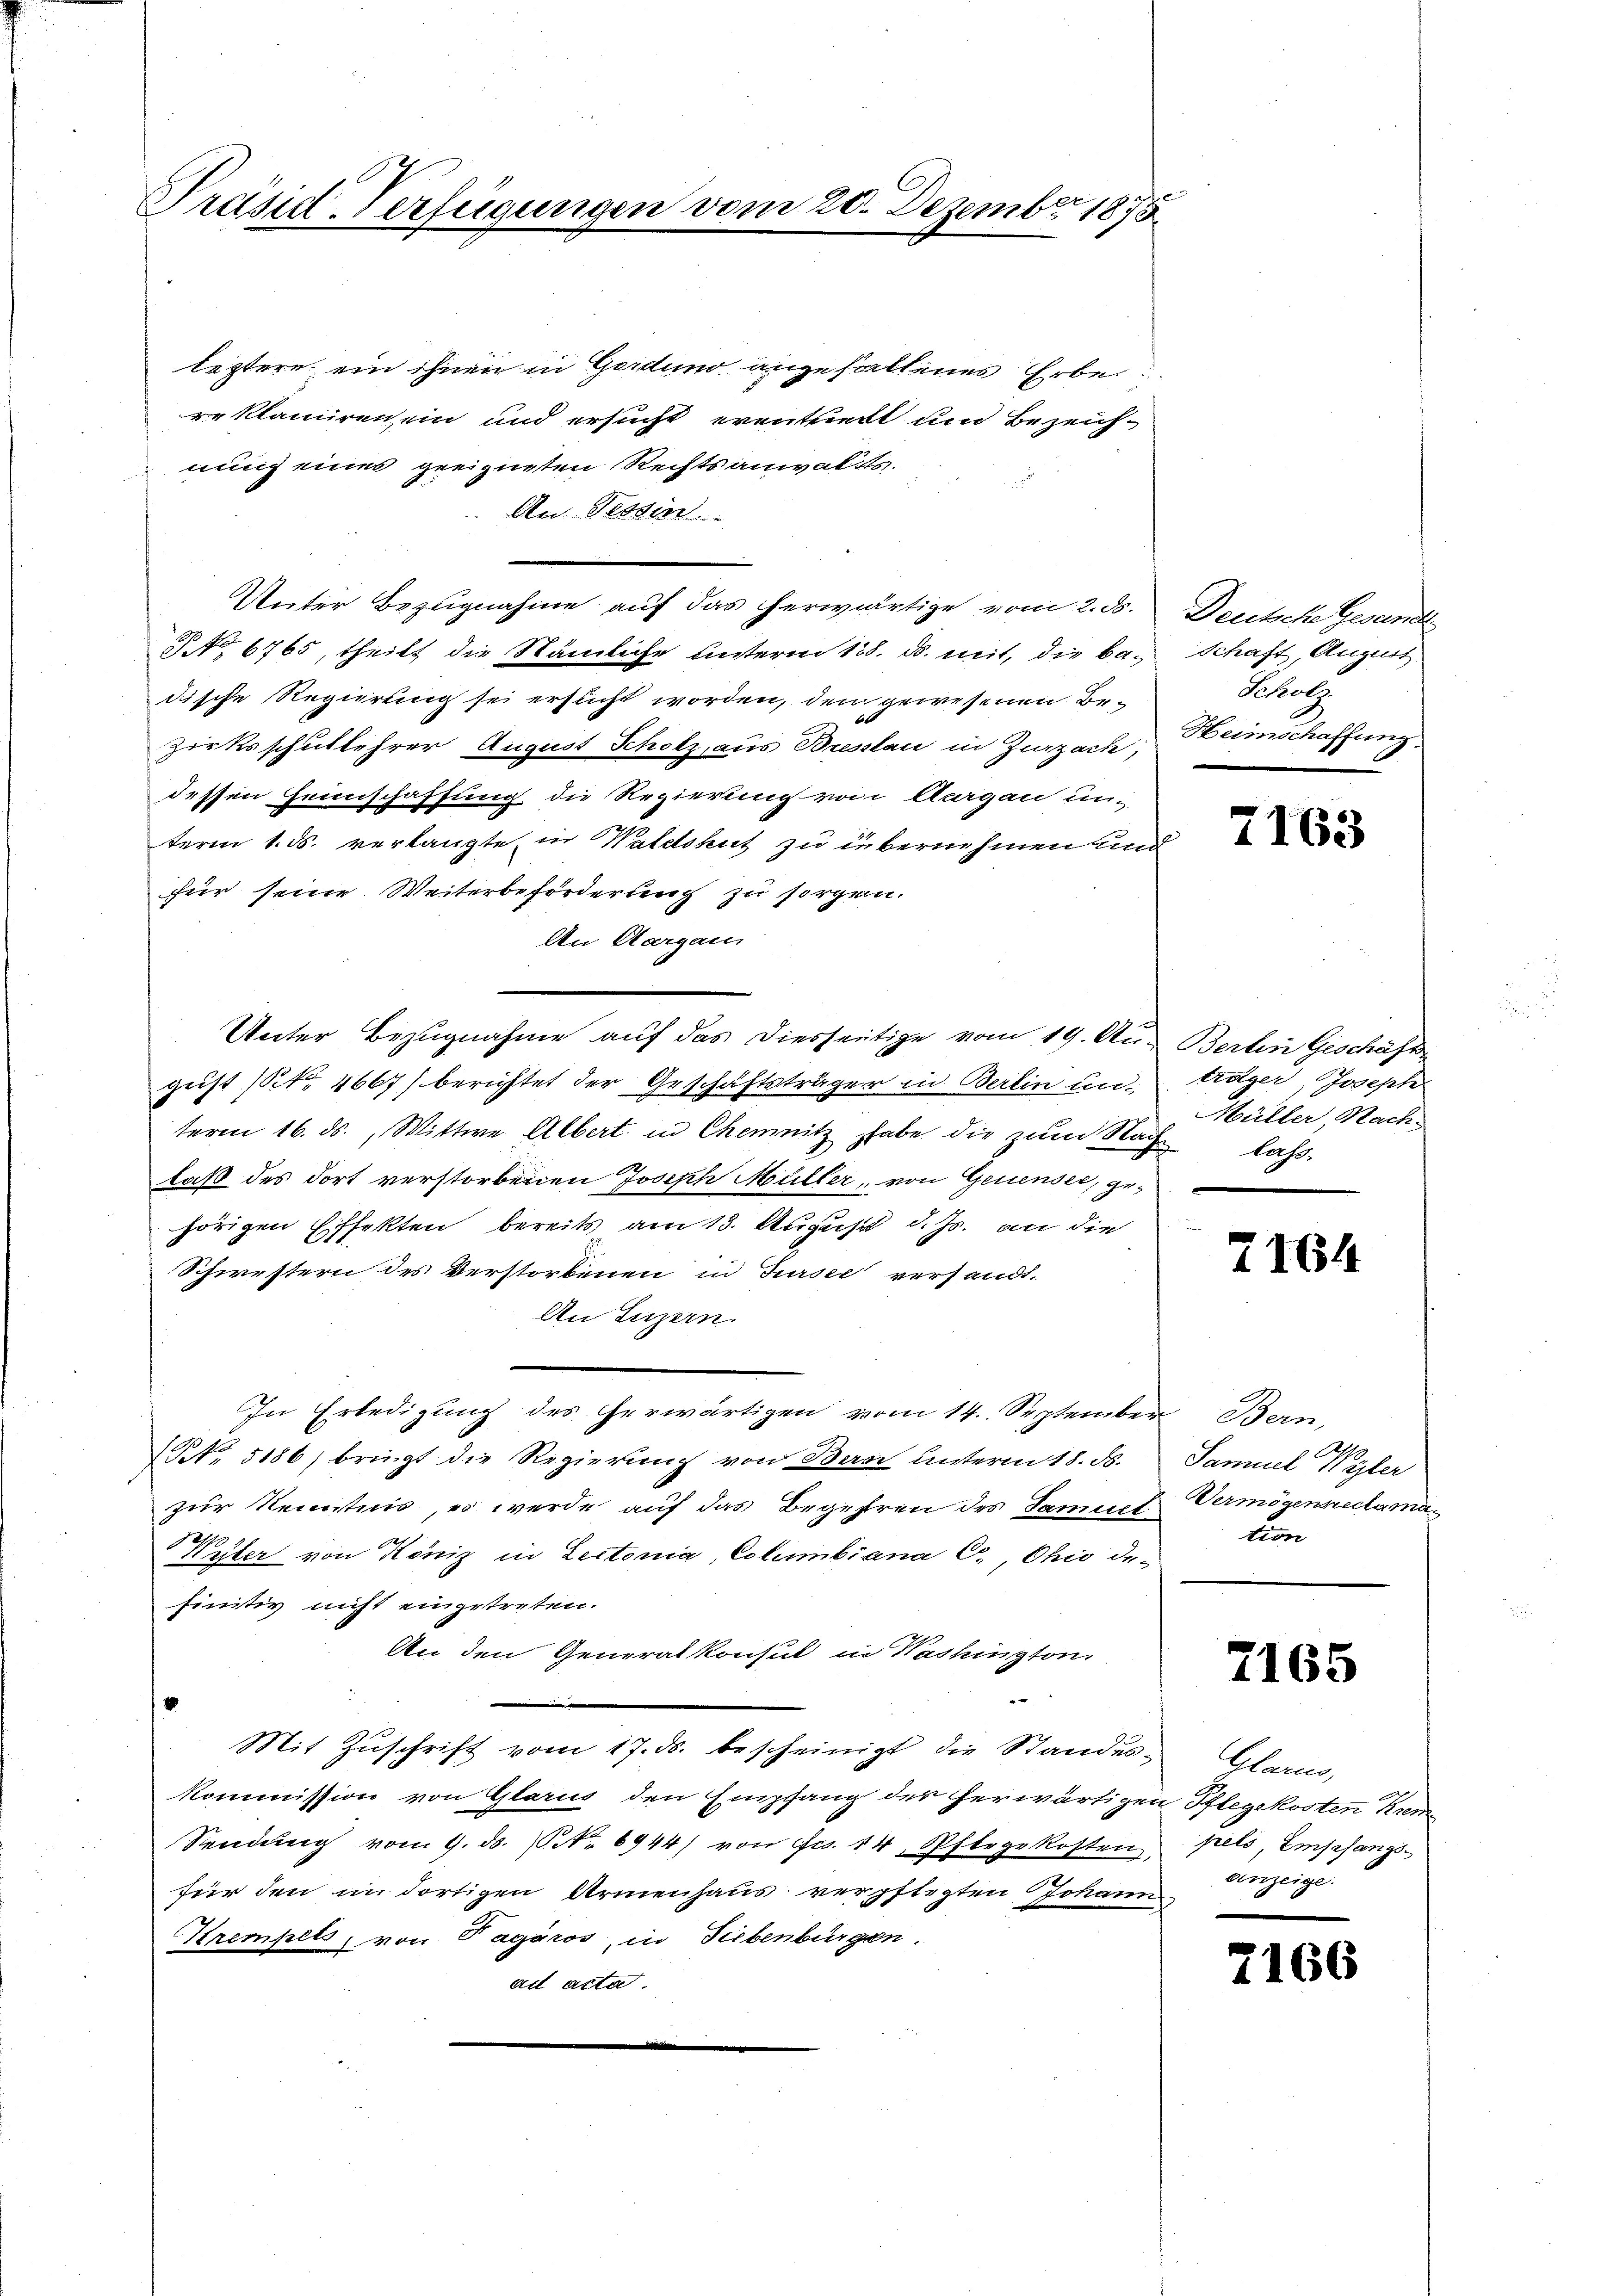
Präsid Verfügungen vom 20. Dezember 1875

leztere ein ihnen in Gerdund angefallenes Erbe
reklamiren, ein und ersucht erentfert und Bezeichnung eines geeigneten Rechtsanwalts
An Tessin
n
Unter Bezugnahme auf das herwärtige vom 2. ds.
NNo. 6765, theilt die Nämliche Unteren 138. ds. mit, die ba- Schaft, August
dische Regierung sei erflicht worden, den gewesenen Bezirksschullehrer August Scholz aus Breslau in Zurzach, Heimschaffnun
dessen Feinschaffung die Regierung von Aargau un-
term 1. ds. verlangte in Waldshut zu übernehmen und
für seine Weiterbeförderung zu sorgen.
An Aargau
Unter Bezugnahme auf das Diesseitige vom 19. August (Nr. 4667) berichtet der Geschäftsträger in Berlin un-
term 16. ds., Wittwe Albert in Chemnitz habe die zum Nach lass
faß des dort verstorbenen Joseph Müller, von Genensee, gehörigen Effekten bereits am 13. August d. Js. an die
Schwestern des Verstorbenen in Tursee versandt-
An Luzern.
In Erledigung des herwärtigen vom 14. September Bern,
NNo. 5186) bringt die Regierung von Bern unterm 18. d.
zur Kenntnis, es werde auf das Begehren des Samuet
Wyler von Köniz in Lectonia, Columbiana C. Chio de-
finitiv nicht eingetreten.
An den Generalkonsul in Washingtoni

Mit Zŭschrift vom 17. ds. bescheinigt die Standes- Glarus,
Kommission von Glarus den Empfang des herwärtigen Pflegekosten Kreme
Sendung vom 9. ds. (NNo 6944/ von Fr. 14, Pfergekosten,
für den im dortigen Armenhaus verpflegten Johann zeige
Krempels, von Tagoros, in Siebenbürgen.
au atta.

Deutsche Gesundt
Scholz

7163

Berlin Geschäft
tröger, Joseph
Müller, Nach

7164

Samuel Wyhler
Vermögenheclama
tion

7165

pels Empfangs-

21

166